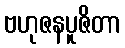
ဗဟုဇနပူဇိတာ